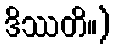
ဒိဿတိ။)